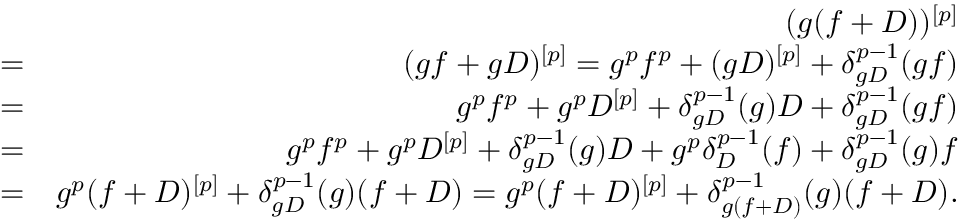
\begin{array} { r l r } & { } & { ( g ( f + D ) ) ^ { [ p ] } } \\ & { = } & { ( g f + g D ) ^ { [ p ] } = g ^ { p } f ^ { p } + ( g D ) ^ { [ p ] } + \delta _ { g D } ^ { p - 1 } ( g f ) } \\ & { = } & { g ^ { p } f ^ { p } + g ^ { p } D ^ { [ p ] } + \delta _ { g D } ^ { p - 1 } ( g ) D + \delta _ { g D } ^ { p - 1 } ( g f ) } \\ & { = } & { g ^ { p } f ^ { p } + g ^ { p } D ^ { [ p ] } + \delta _ { g D } ^ { p - 1 } ( g ) D + g ^ { p } \delta _ { D } ^ { p - 1 } ( f ) + \delta _ { g D } ^ { p - 1 } ( g ) f } \\ & { = } & { g ^ { p } ( f + D ) ^ { [ p ] } + \delta _ { g D } ^ { p - 1 } ( g ) ( f + D ) = g ^ { p } ( f + D ) ^ { [ p ] } + \delta _ { g ( f + D ) } ^ { p - 1 } ( g ) ( f + D ) . } \end{array}